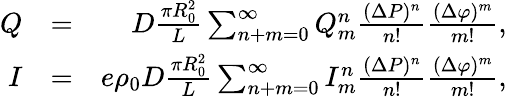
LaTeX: \begin{array}{rlr}{Q}&{=}&{D\frac{\pi R_{0}^{2}}{L}\sum_{n+m=0}^{\infty}Q_{m}^{n}\frac{(\Delta P)^{n}}{n!}\frac{(\Delta\varphi)^{m}}{m!},}\\ {I}&{=}&{e\rho_{0}D\frac{\pi R_{0}^{2}}{L}\sum_{n+m=0}^{\infty}I_{m}^{n}\frac{(\Delta P)^{n}}{n!}\frac{(\Delta\varphi)^{m}}{m!},}\end{array}